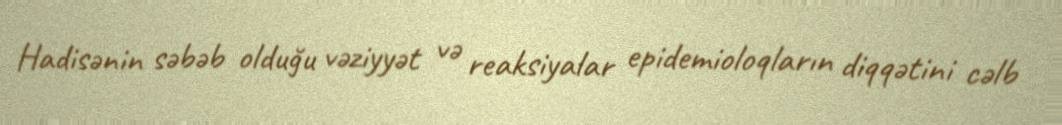
Hadisənin səbəb olduğu vəziyyət və reaksiyalar epidemioloqların diqqətini cəlb